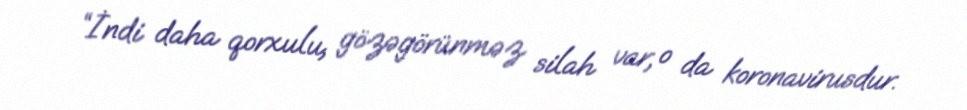
“İndi daha qorxulu, gözəgörünməz silah var, o da koronavirusdur.